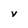
Character: v